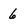
Character: 6